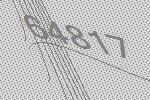
64817